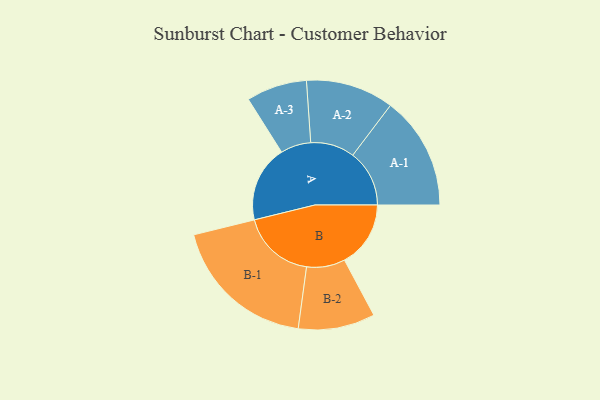
{"axis": {"x": "Segment", "y": "Value"}, "legend": ["", "A", "B"], "data": [{"x": "A", "y": 303, "type": ""}, {"x": "B", "y": 262, "type": ""}, {"x": "A-1", "y": 224, "type": "A"}, {"x": "A-2", "y": 174, "type": "A"}, {"x": "A-3", "y": 120, "type": "A"}, {"x": "B-1", "y": 290, "type": "B"}, {"x": "B-2", "y": 152, "type": "B"}]}